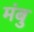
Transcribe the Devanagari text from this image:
मंबु